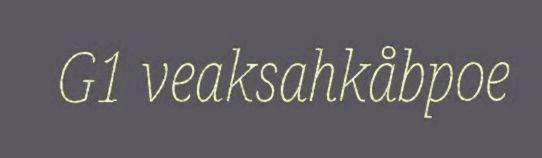
G1 veaksahkåbpoe